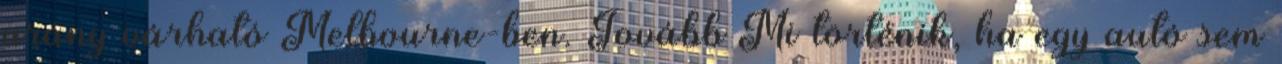
arány várható Melbourne-ben. Tovább«Mi történik, ha egy autó sem